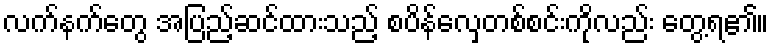
လက်နက်တွေ အပြည့်ဆင်ထားသည့် စပိန်လှေတစ်စင်းကိုလည်း တွေ့ရ၏။